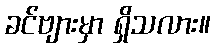
ခင်ဗျားမှာ ရှိသလား။